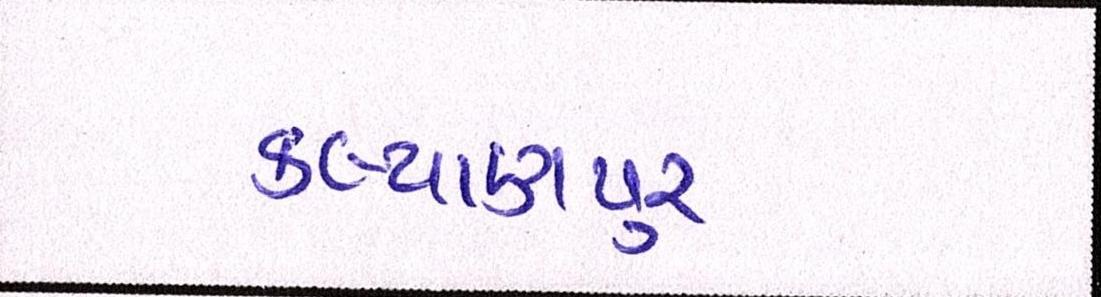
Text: કલ્યાણપુર